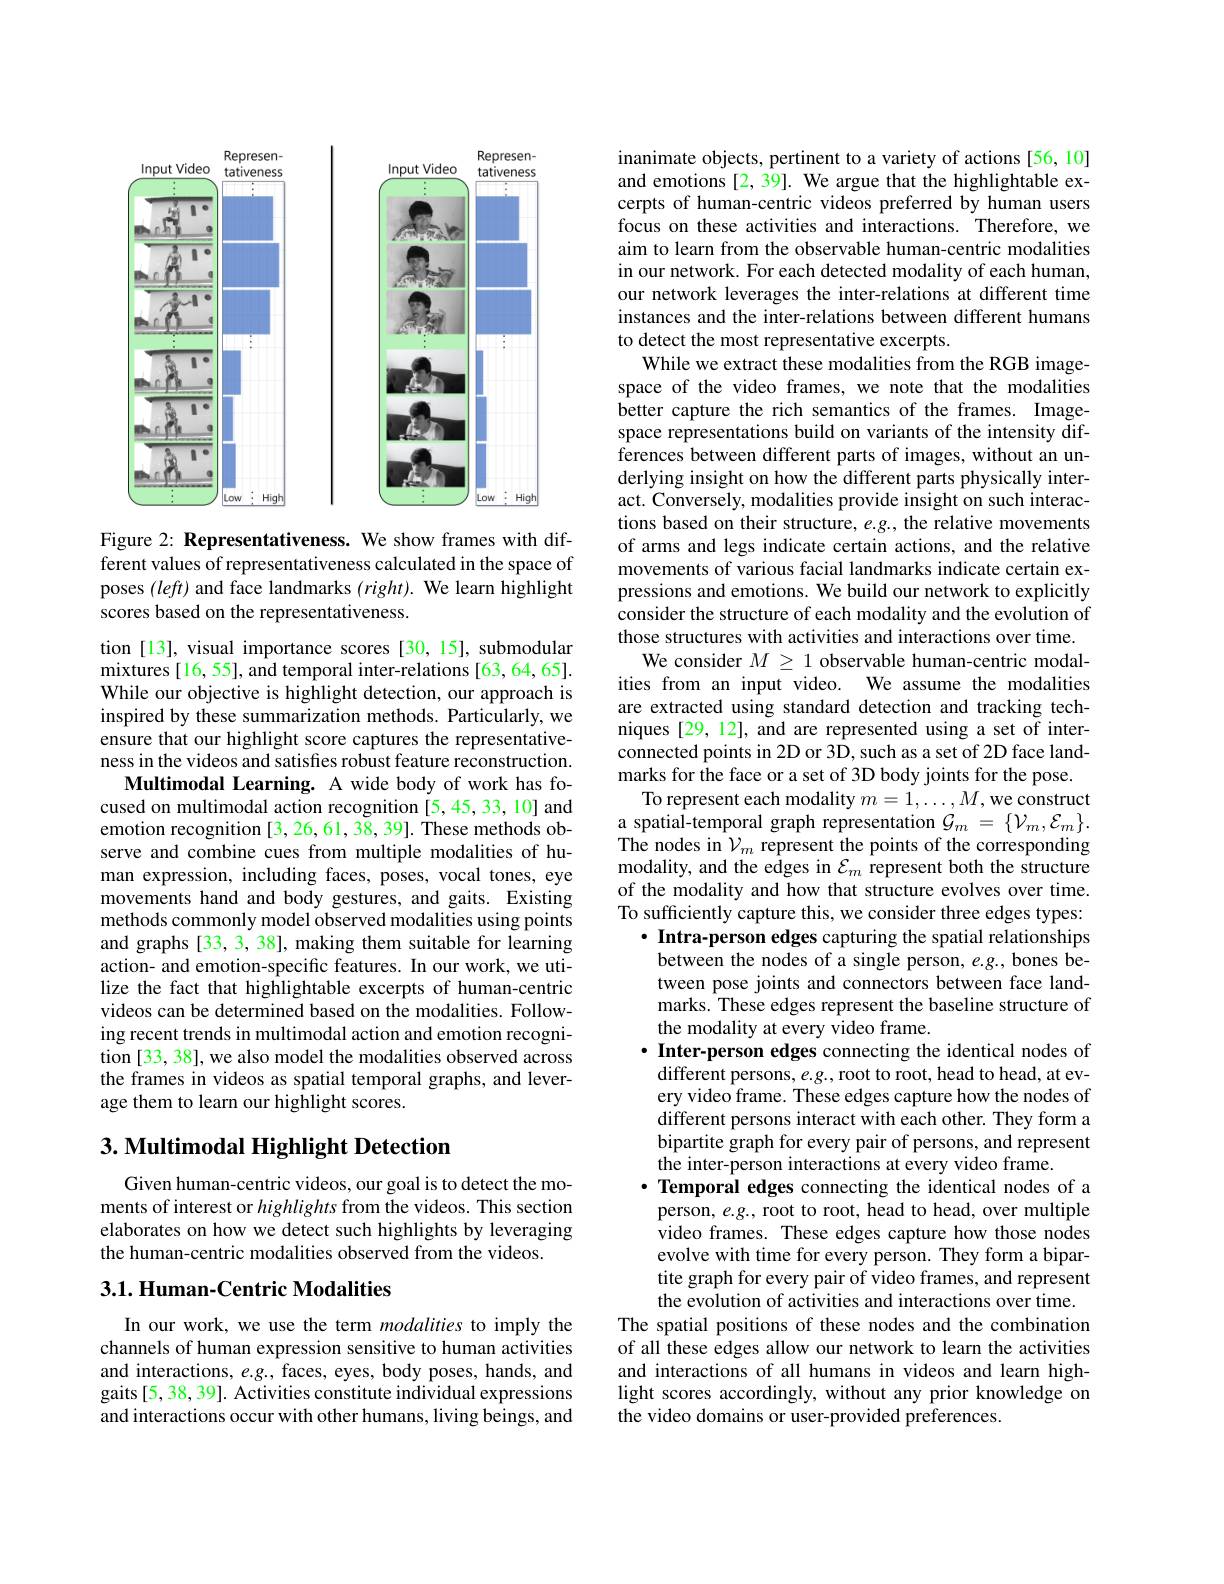
<FigureHere>

Figure 2: Representativeness. We show frames with different values of representativeness calculated in the space of poses $(left)$ and face landmarks $(right).$ We learn highlight scores based on the representativeness.

tion [13], visual importance scores [30, 15], submodular mixtures [16, 55], and temporal inter-relations [63, 64, 65]. While our objective is highlight detection, our approach is inspired by these summarization methods. Particularly, we ensure that our highlight score captures the representativeness in the videos and satisfies robust feature reconstruction.
Multimodal Learning. A wide body of work has focused on multimodal action recognition [5,45,33,10] and emotion recognition [3, 26, 61, 38, 39]. These methods observe and combine cues from multiple modalities of human expression, including faces, poses, vocal tones, eye movements hand and body gestures, and gaits. Existing methods commonly model observed modalities using points and graphs [33, 3, 38], making them suitable for learning action- and emotion-specific features. In our work, we utilize the fact that highlightable excerpts of human-centric videos can be determined based on the modalities. Following recent trends in multimodal action and emotion recognition [33, 38], we also model the modalities observed across the frames in videos as spatial temporal graphs, and leverage them to learn our highlight scores.

## $3. \textbf{ Multimodal Highlight Detection}$

Given human-centric videos, our goal is to detect the moments of interest or highlights from the videos. This section elaborates on how we detect such highlights by leveraging the human-centric modalities observed from the videos.

## 3.1. Human-Centric Modalities

In our work, we use the term modalities to imply the channels of human expression sensitive to human activities and interactions, $e.g.$, faces, eyes, body poses, hands, and gaits[5, 38, 39]. Activities constitute individual expressions and interactions occur with other humans, living beings, and

inanimate objects, pertinent to a variety of actions [56, 10] and emotions [2, 39]. We argue that the highlightable excerpts of human-centric videos preferred by human users focus on these activities and interactions. Therefore, we aim to learn from the observable human-centric modalities in our network. For each detected modality of each human, our network leverages the inter-relations at different time instances and the inter-relations between different humans to detect the most representative excerpts.
While we extract these modalities from the RGB imagespace of the video frames, we note that the modalities better capture the rich semantics of the frames. Imagespace representations build on variants of the intensity differences between different parts of images, without an underlying insight on how the different parts physically interact. Conversely, modalities provide insight on such interactions based on their structure, e.g., the relative movements of arms and legs indicate certain actions, and the relative movements of various facial landmarks indicate certain expressions and emotions. We build our network to explicitly consider the structure of each modality and the evolution of those structures with activities and interactions over time.
We consider $M\geq1$ observable human-centric modalities from an input video. We assume the modalities are extracted using standard detection and tracking techniques [29, 12], and are represented using a set of interconnected points in 2D or 3D, such as a set of 2D face landmarks for the face or a set of 3D body joints for the pose.
To represent each modality $m=1,\ldots,M$,we construct a spatial-temporal graph representation $\mathcal{G}_m=\{\mathcal{V}_m,\mathcal{E}_m\}.$ The nodes in $\mathcal{V}_m$ represent the points of the corresponding modality, and the edges in $\mathcal{E}_m$ represent both the structure of the modality and how that structure evolves over time. To sufficiently capture this, we consider three edges types:
$\cdot$ Intra-person edges capturing the spatial relationships between the nodes of a single person, $e.g.$, bones between pose joints and connectors between face landmarks. These edges represent the baseline structure of the modality at every video frame.
$\cdot$ Inter-person edges connecting the identical nodes of $\dot{\text{different persons, }e.g.,\text{root to root, head to head, at ev-}}$ ery video frame. These edges capture how the nodes of different persons interact with each other. They form a bipartite graph for every pair of persons, and represent the inter-person interactions at every video frame.
$\cdot$ Temporal edges connecting the identical nodes of a
person, $e.g.$, root to root, head to head, over multiple video frames. These edges capture how those nodes evolve with time for every person. They form a bipartite graph for every pair of video frames, and represent the evolution of activities and interactions over time
The spatial positions of these nodes and the combination of all these edges allow our network to learn the activities and interactions of all humans in videos and learn highlight scores accordingly, without any prior knowledge on the video domains or user-provided preferences.